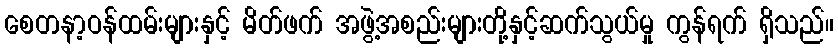
စေတနာ့ဝန်ထမ်းများနှင့် မိတ်ဖက် အဖွဲ့အစည်းများတို့နှင့်ဆက်သွယ်မှု ကွန်ရက် ရှိသည်။